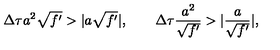
\Delta \tau a ^ { 2 } \sqrt { f ^ { \prime } } > \vert a \sqrt { f ^ { \prime } } \vert , \qquad \Delta \tau \frac { a ^ { 2 } } { \sqrt { f ^ { \prime } } } > \vert \frac a { \sqrt { f ^ { \prime } } } \vert ,